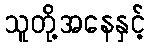
သူတို့အနေနှင့်